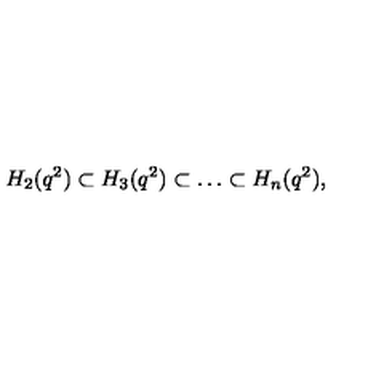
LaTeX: H _ { 2 } ( q ^ { 2 } ) \subset H _ { 3 } ( q ^ { 2 } ) \subset \ldots \subset H _ { n } ( q ^ { 2 } ) ,